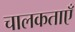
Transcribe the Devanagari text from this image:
चालकताएँ